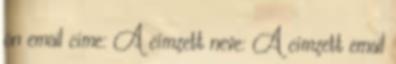
ön email címe: A címzett neve: A címzett email